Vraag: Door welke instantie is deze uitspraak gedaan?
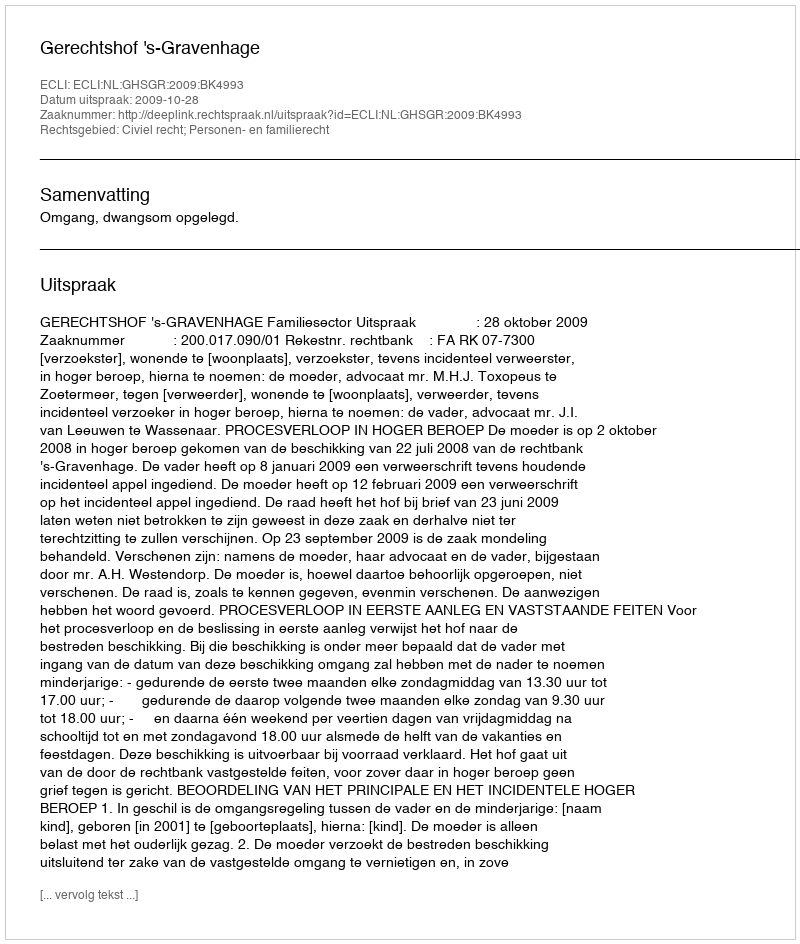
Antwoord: Gerechtshof 's-Gravenhage